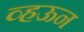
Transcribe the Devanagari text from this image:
व्हऊन